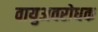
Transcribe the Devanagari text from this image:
वायुअवरोधक